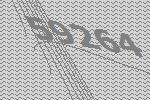
59264